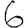
Digit: 6